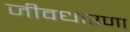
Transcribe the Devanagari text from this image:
जीवधारणा